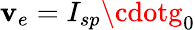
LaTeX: \mathbf{v}_{e}=I_{sp}\cdotg_{0}